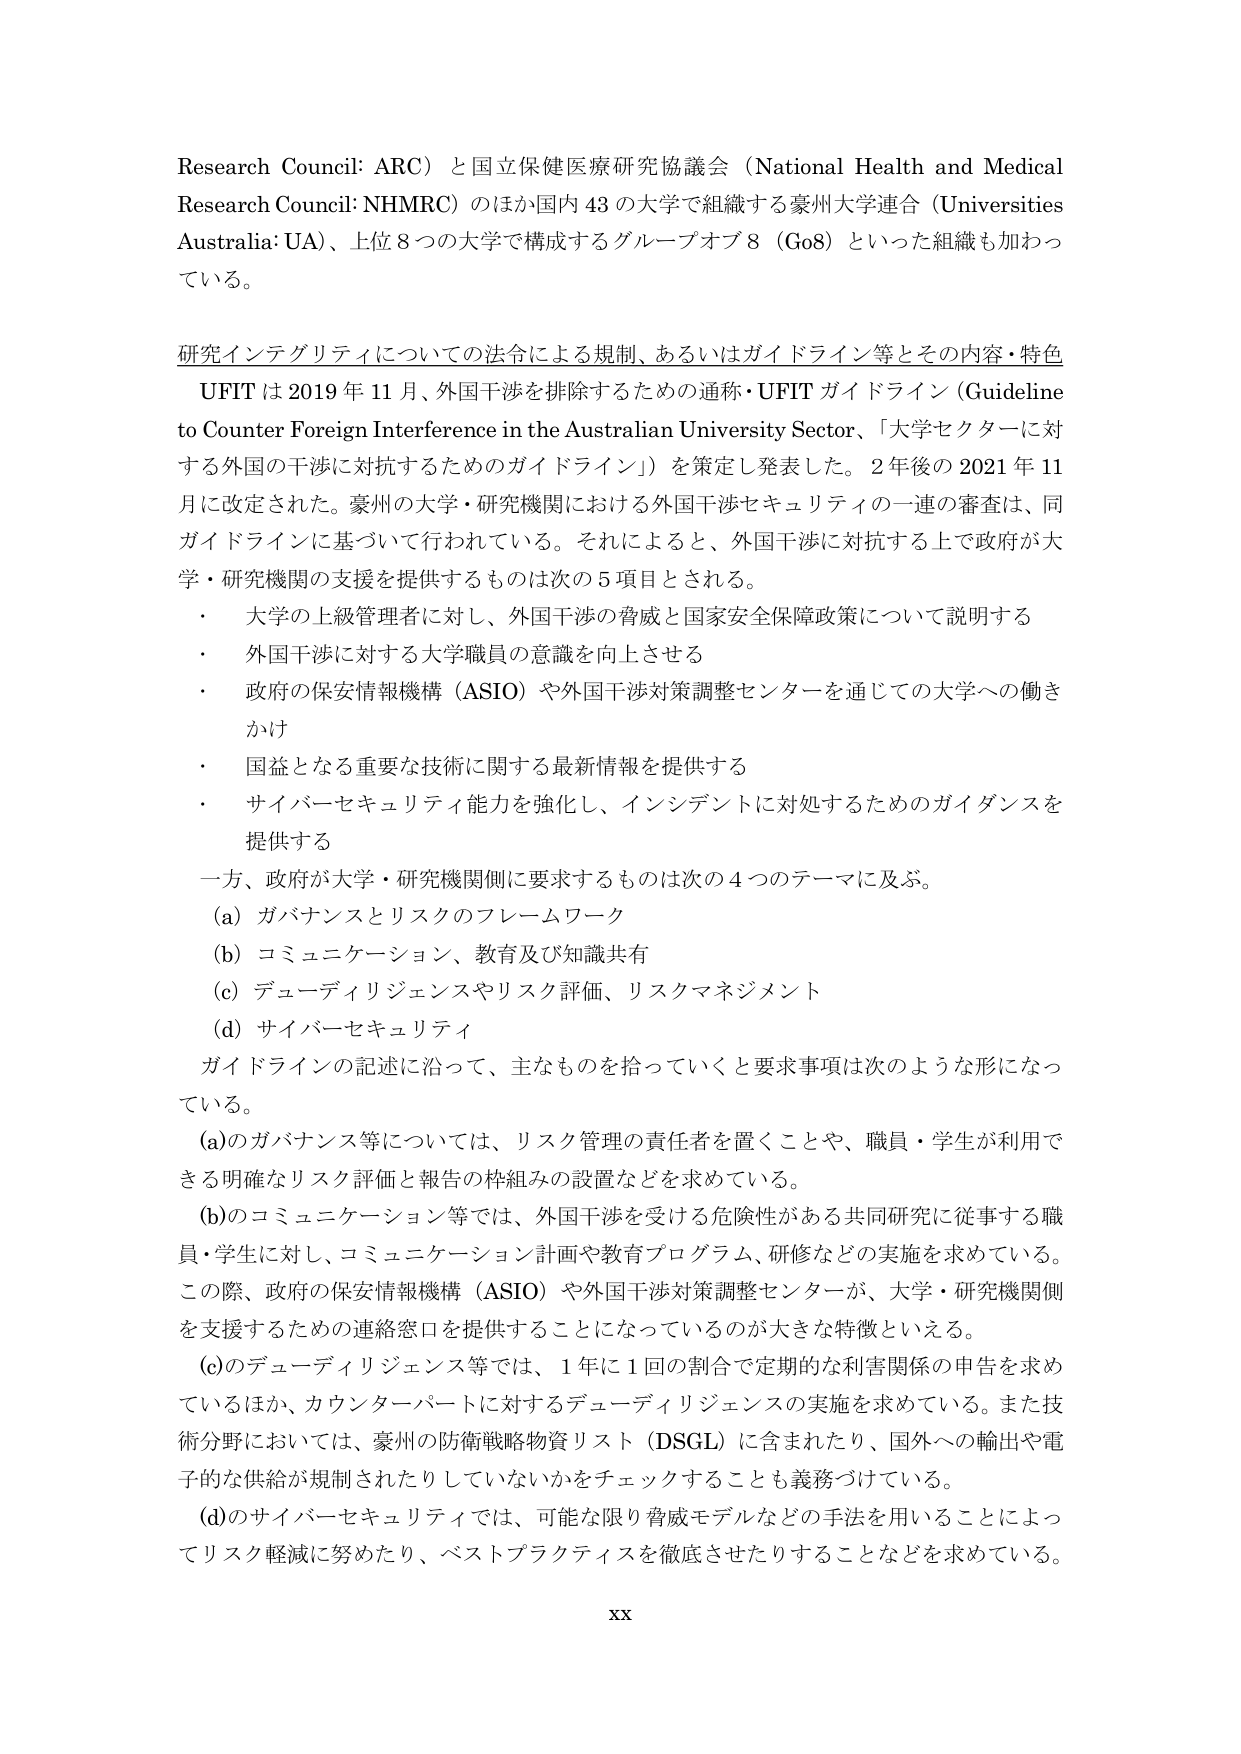
Research Council: ARC）と国立保健医療研究協議会（National Health and Medical Research Council: NHMRC）のほか国内43の大学で組織する豪州大学連合（Universities Australia: UA）、上位8つの大学で構成するグループオブ8（Go8）といった組織も加わっている。

研究インテグリティについての法令による規制、あるいはガイドライン等とその内容・特色
UFITは2019年11月、外国干渉を排除するための通称・UFITガイドライン（Guideline to Counter Foreign Interference in the Australian University Sector、「大学セクターに対する外国の干渉に対抗するためのガイドライン」）を策定し発表した。2年後の2021年11月に改定された。豪州の大学・研究機関における外国干渉セキュリティの一連の審査は、同ガイドラインに基づいて行われている。それによると、外国干渉に対抗する上で政府が大学・研究機関の支援を提供するものは次の5項目とされる。
・ 大学の上級管理者に対し、外国干渉の脅威と国家安全保障政策について説明する
・ 外国干渉に対する大学職員の意識を向上させる
・ 政府の保安情報機構（ASIO）や外国干渉対策調整センターを通じての大学への働きかけ
・ 国益となる重要な技術に関する最新情報を提供する
・ サイバーセキュリティ能力を強化し、インシデントに対処するためのガイダンスを提供する
一方、政府が大学・研究機関側に要求するものは次の4つのテーマに及ぶ。
(a) ガバナンスとリスクのフレームワーク
(b) コミュニケーション、教育及び知識共有
(c) デューディリジェンスやリスク評価、リスクマネジメント
(d) サイバーセキュリティ
ガイドラインの記述に沿って、主なものを拾っていくと要求事項は次のような形になっている。
(a)のガバナンス等については、リスク管理の責任者を置くことや、職員・学生が利用できる明確なリスク評価と報告の枠組みの設置などを求めている。
(b)のコミュニケーション等では、外国干渉を受ける危険性がある共同研究に従事する職員・学生に対し、コミュニケーション計画や教育プログラム、研修などの実施を求めている。この際、政府の保安情報機構（ASIO）や外国干渉対策調整センターが、大学・研究機関側を支援するための連絡窓口を提供することになっているのが大きな特徴といえる。
(c)のデューディリジェンス等では、1年に1回の割合で定期的な利害関係の申告を求めているほか、カウンターパートに対するデューディリジェンスの実施を求めている。また技術分野においては、豪州の防衛戦略物資リスト（DSGL）に含まれたり、国外への輸出や電子的な供給が規制されたりしていないかをチェックすることも義務づけている。
(d)のサイバーセキュリティでは、可能な限り脅威モデルなどの手法を用いることによってリスク軽減に努めたり、ベストプラクティスを徹底させたりすることなどを求めている。
xx